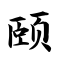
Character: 颐